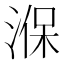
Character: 湺